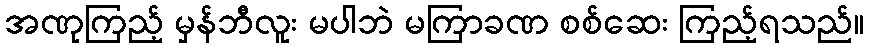
အဏုကြည့် မှန်ဘီလူး မပါဘဲ မကြာခဏ စစ်ဆေး ကြည့်ရသည်။